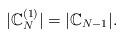
LaTeX: \begin{align*}|\mathbb{C}_N^{(1)}| =|\mathbb{C}_{N-1}|.\end{align*}